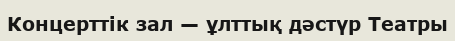
Концерттік зал — ұлттық дәстүр Театры